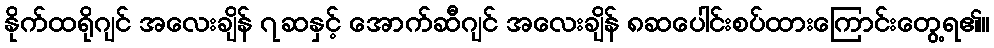
နိုက်ထရိုဂျင် အလေးချိန် ၇ဆနှင့် အောက်ဆီဂျင် အလေးချိန် ၈ဆပေါင်းစပ်ထားကြောင်းတွေ့ရ၏။